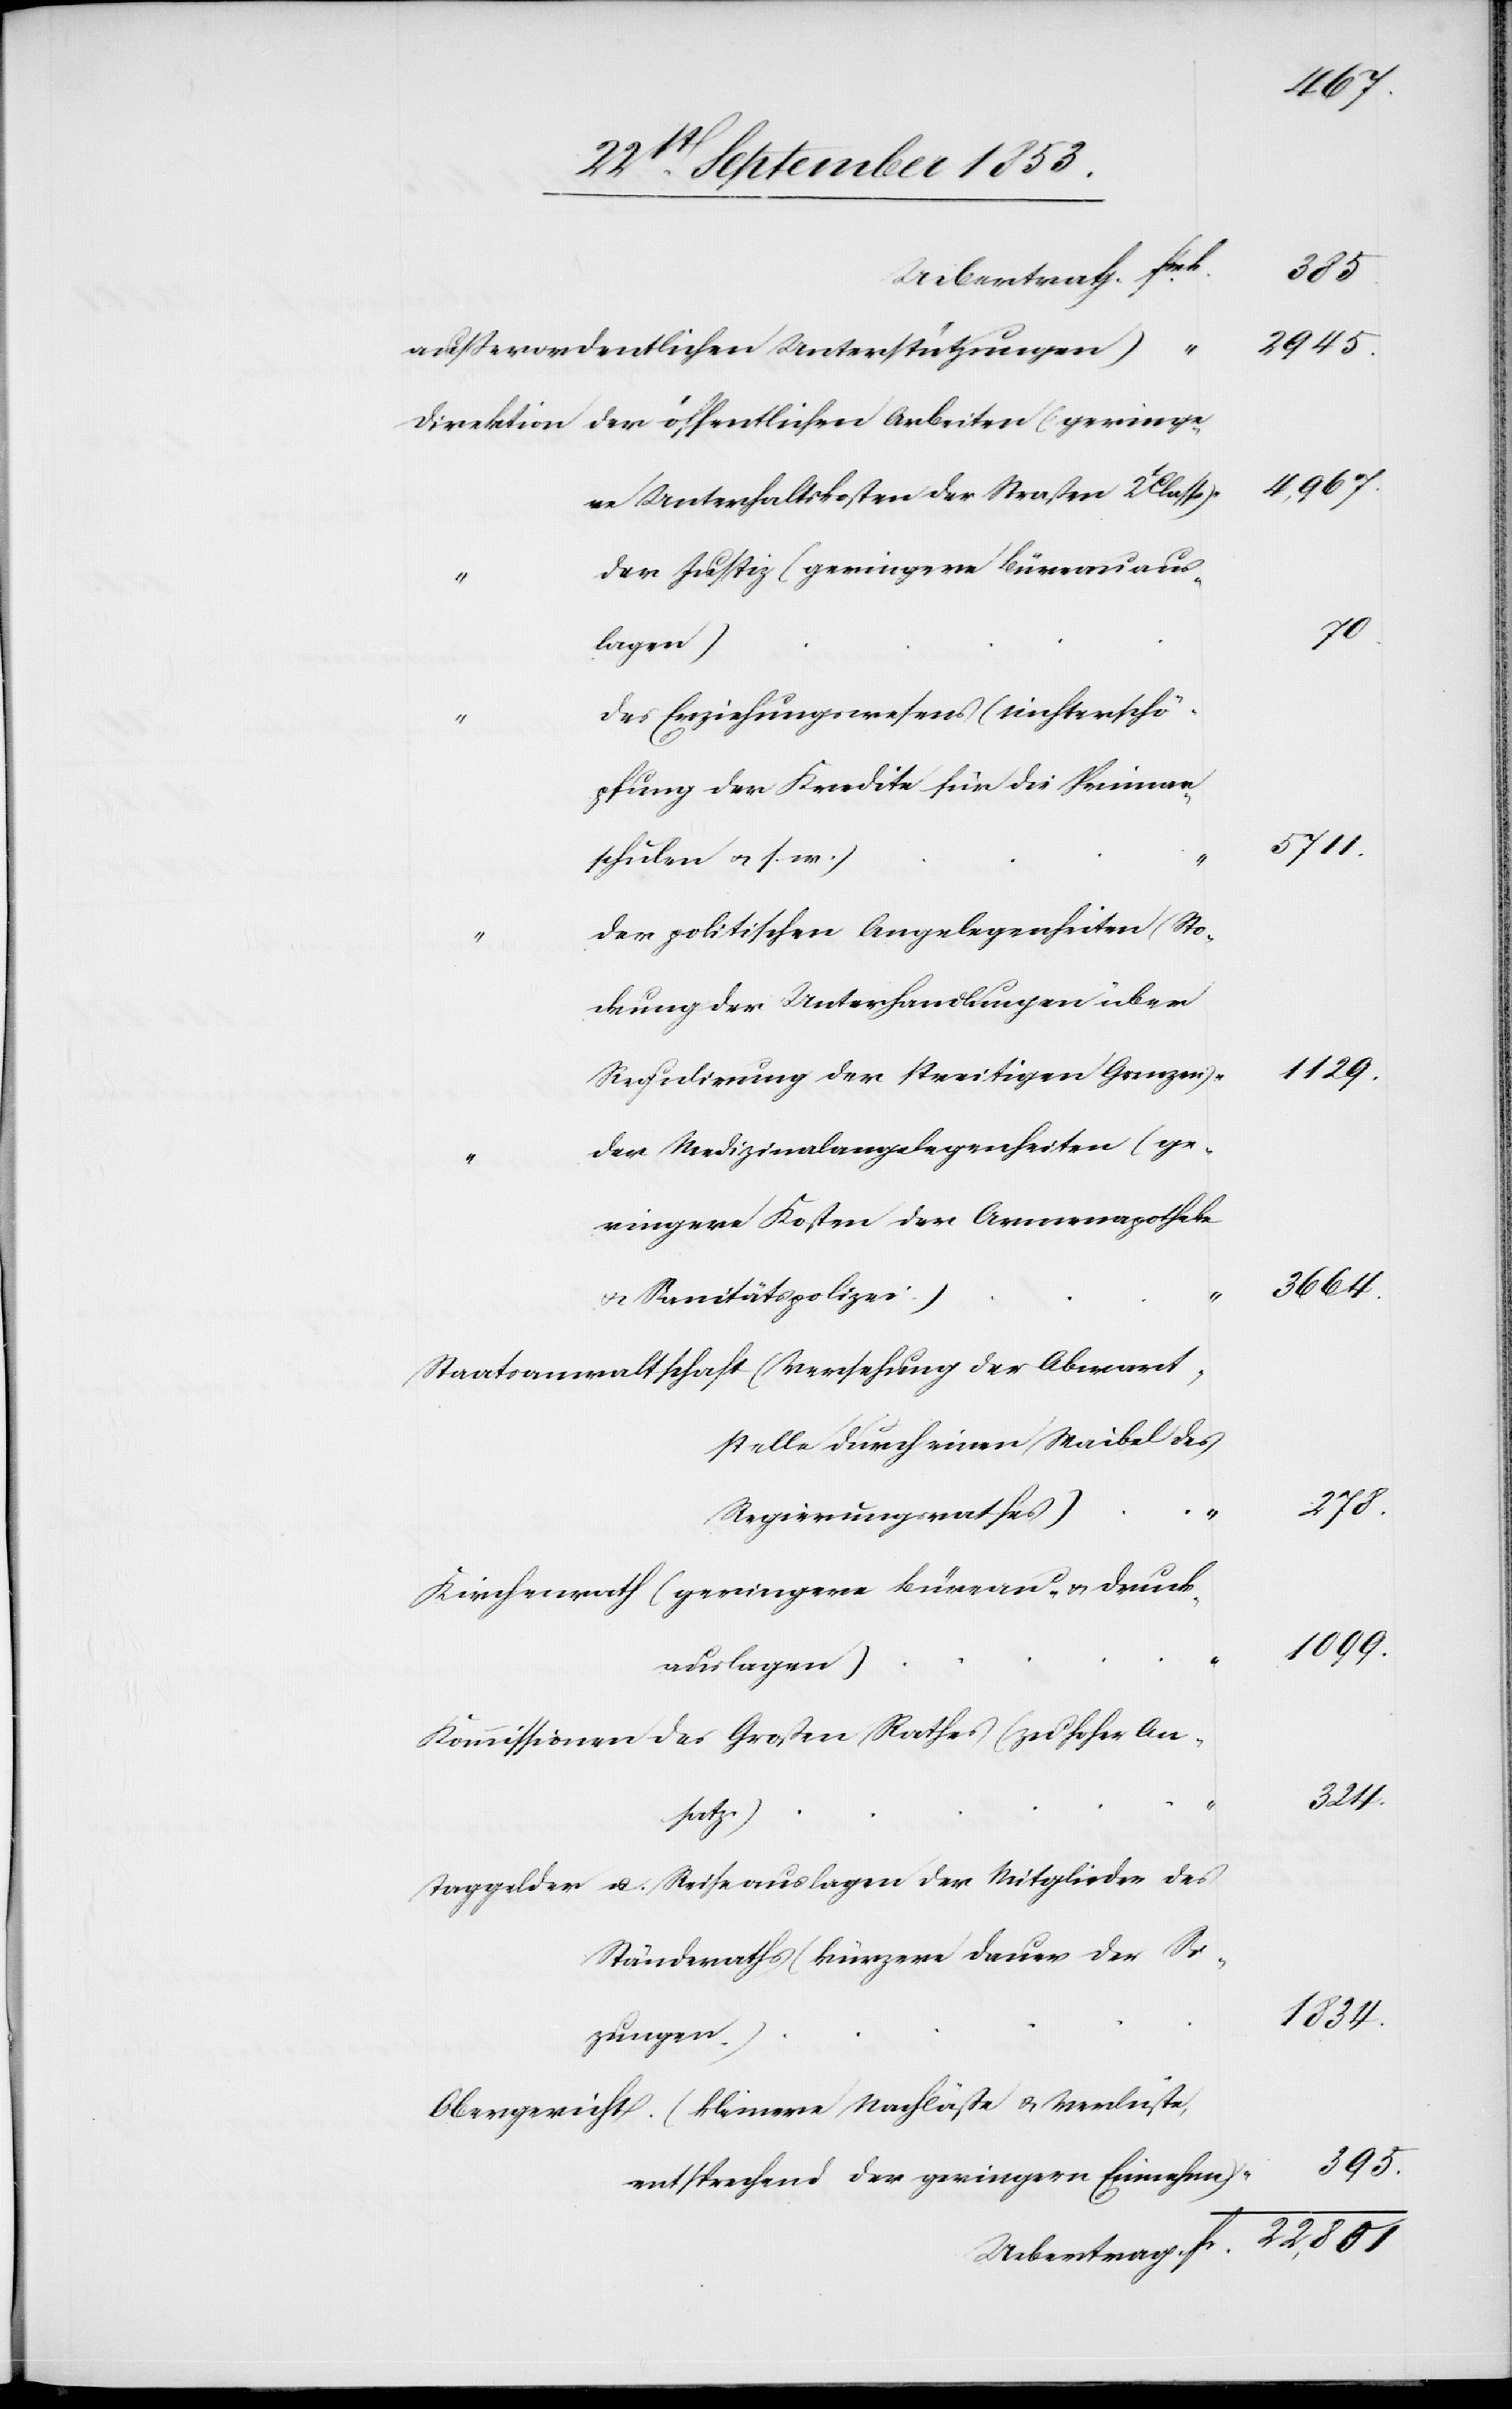
außerordentlichen Unterstützungen)
Direktion der öffentlichen Arbeiten (geringe¬
re Unterhaltskosten der Straßen 2t Classe)
der Justiz (geringere Büreauaus¬
lagen)
des Erziehungswesens (Nichterschö¬
pfung der Kredite für die Primar¬
schulen u. s. w.)
der politischen Angelegenheiten (Sto¬
ckung der Unterhandlungen über
Regulirung der streitigen Grenzen)
der Medizinalangelegenheiten (ge¬
ringere Kosten der Armenapotheke
u. Sanitätspolizei)
Staatsanwaltschaft (Versehung der Oberamt¬
sstelle durch einen Waibel des
Regierungsrathes)
Kirchenrath (geringere Büreau- u. Druck¬
auslagen)
Kommission des Großen Rathes (zu hoher An¬
satz)
Taggelder u. Reiseauslagen der Mitglieder des
Ständeraths (kürzere Dauer der Si¬
tzungen)
Obergericht (kleinere Nachläße u. Verluste,
entsprechend der geringern Einnahme)
Uebertrag fr.

385
2945
4967
5711
1834
3664
278
324